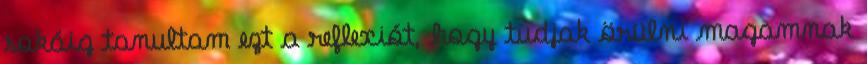
sokáig tanultam ezt a reflexiót, hogy tudjak örülni magamnak